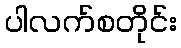
ပါလက်စတိုင်း